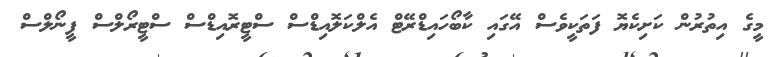
މީގެ އިތުރުން ކަށިކެޔޮ ފަތަކީވެސް އޭގައި ކާބޯހައިޑްރޭޓް އެލްކަލޮއިޑްސް ސްޓީރޮއިޑްސް ސްޓީރޯލްސް ފީނޯލްސް